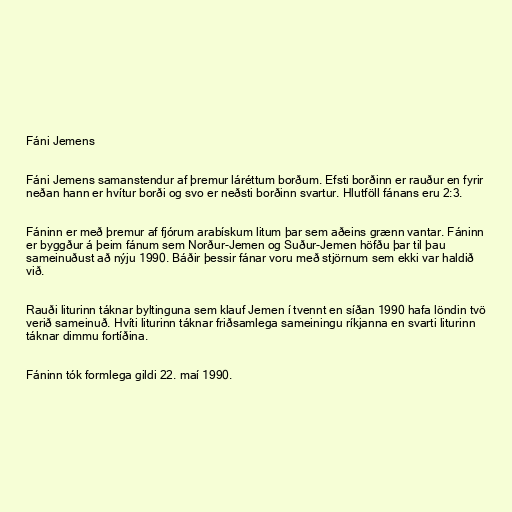
Fáni Jemens

Fáni Jemens samanstendur af þremur láréttum borðum. Efsti borðinn er rauður en fyrir
neðan hann er hvítur borði og svo er neðsti borðinn svartur. Hlutföll fánans eru 2:3.

Fáninn er með þremur af fjórum arabískum litum þar sem aðeins grænn vantar. Fáninn
er byggður á þeim fánum sem Norður-Jemen og Suður-Jemen höfðu þar til þau
sameinuðust að nýju 1990. Báðir þessir fánar voru með stjörnum sem ekki var haldið
við.

Rauði liturinn táknar byltinguna sem klauf Jemen í tvennt en síðan 1990 hafa löndin tvö
verið sameinuð. Hvíti liturinn táknar friðsamlega sameiningu ríkjanna en svarti liturinn
táknar dimmu fortíðina.

Fáninn tók formlega gildi 22. maí 1990.